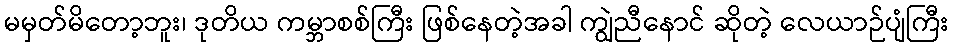
မမှတ်မိတော့ဘူး၊ ဒုတိယ ကမ္ဘာစစ်ကြီး ဖြစ်နေတဲ့အခါ ကျွဲညီနောင် ဆိုတဲ့ လေယာဉ်ပျံကြီး